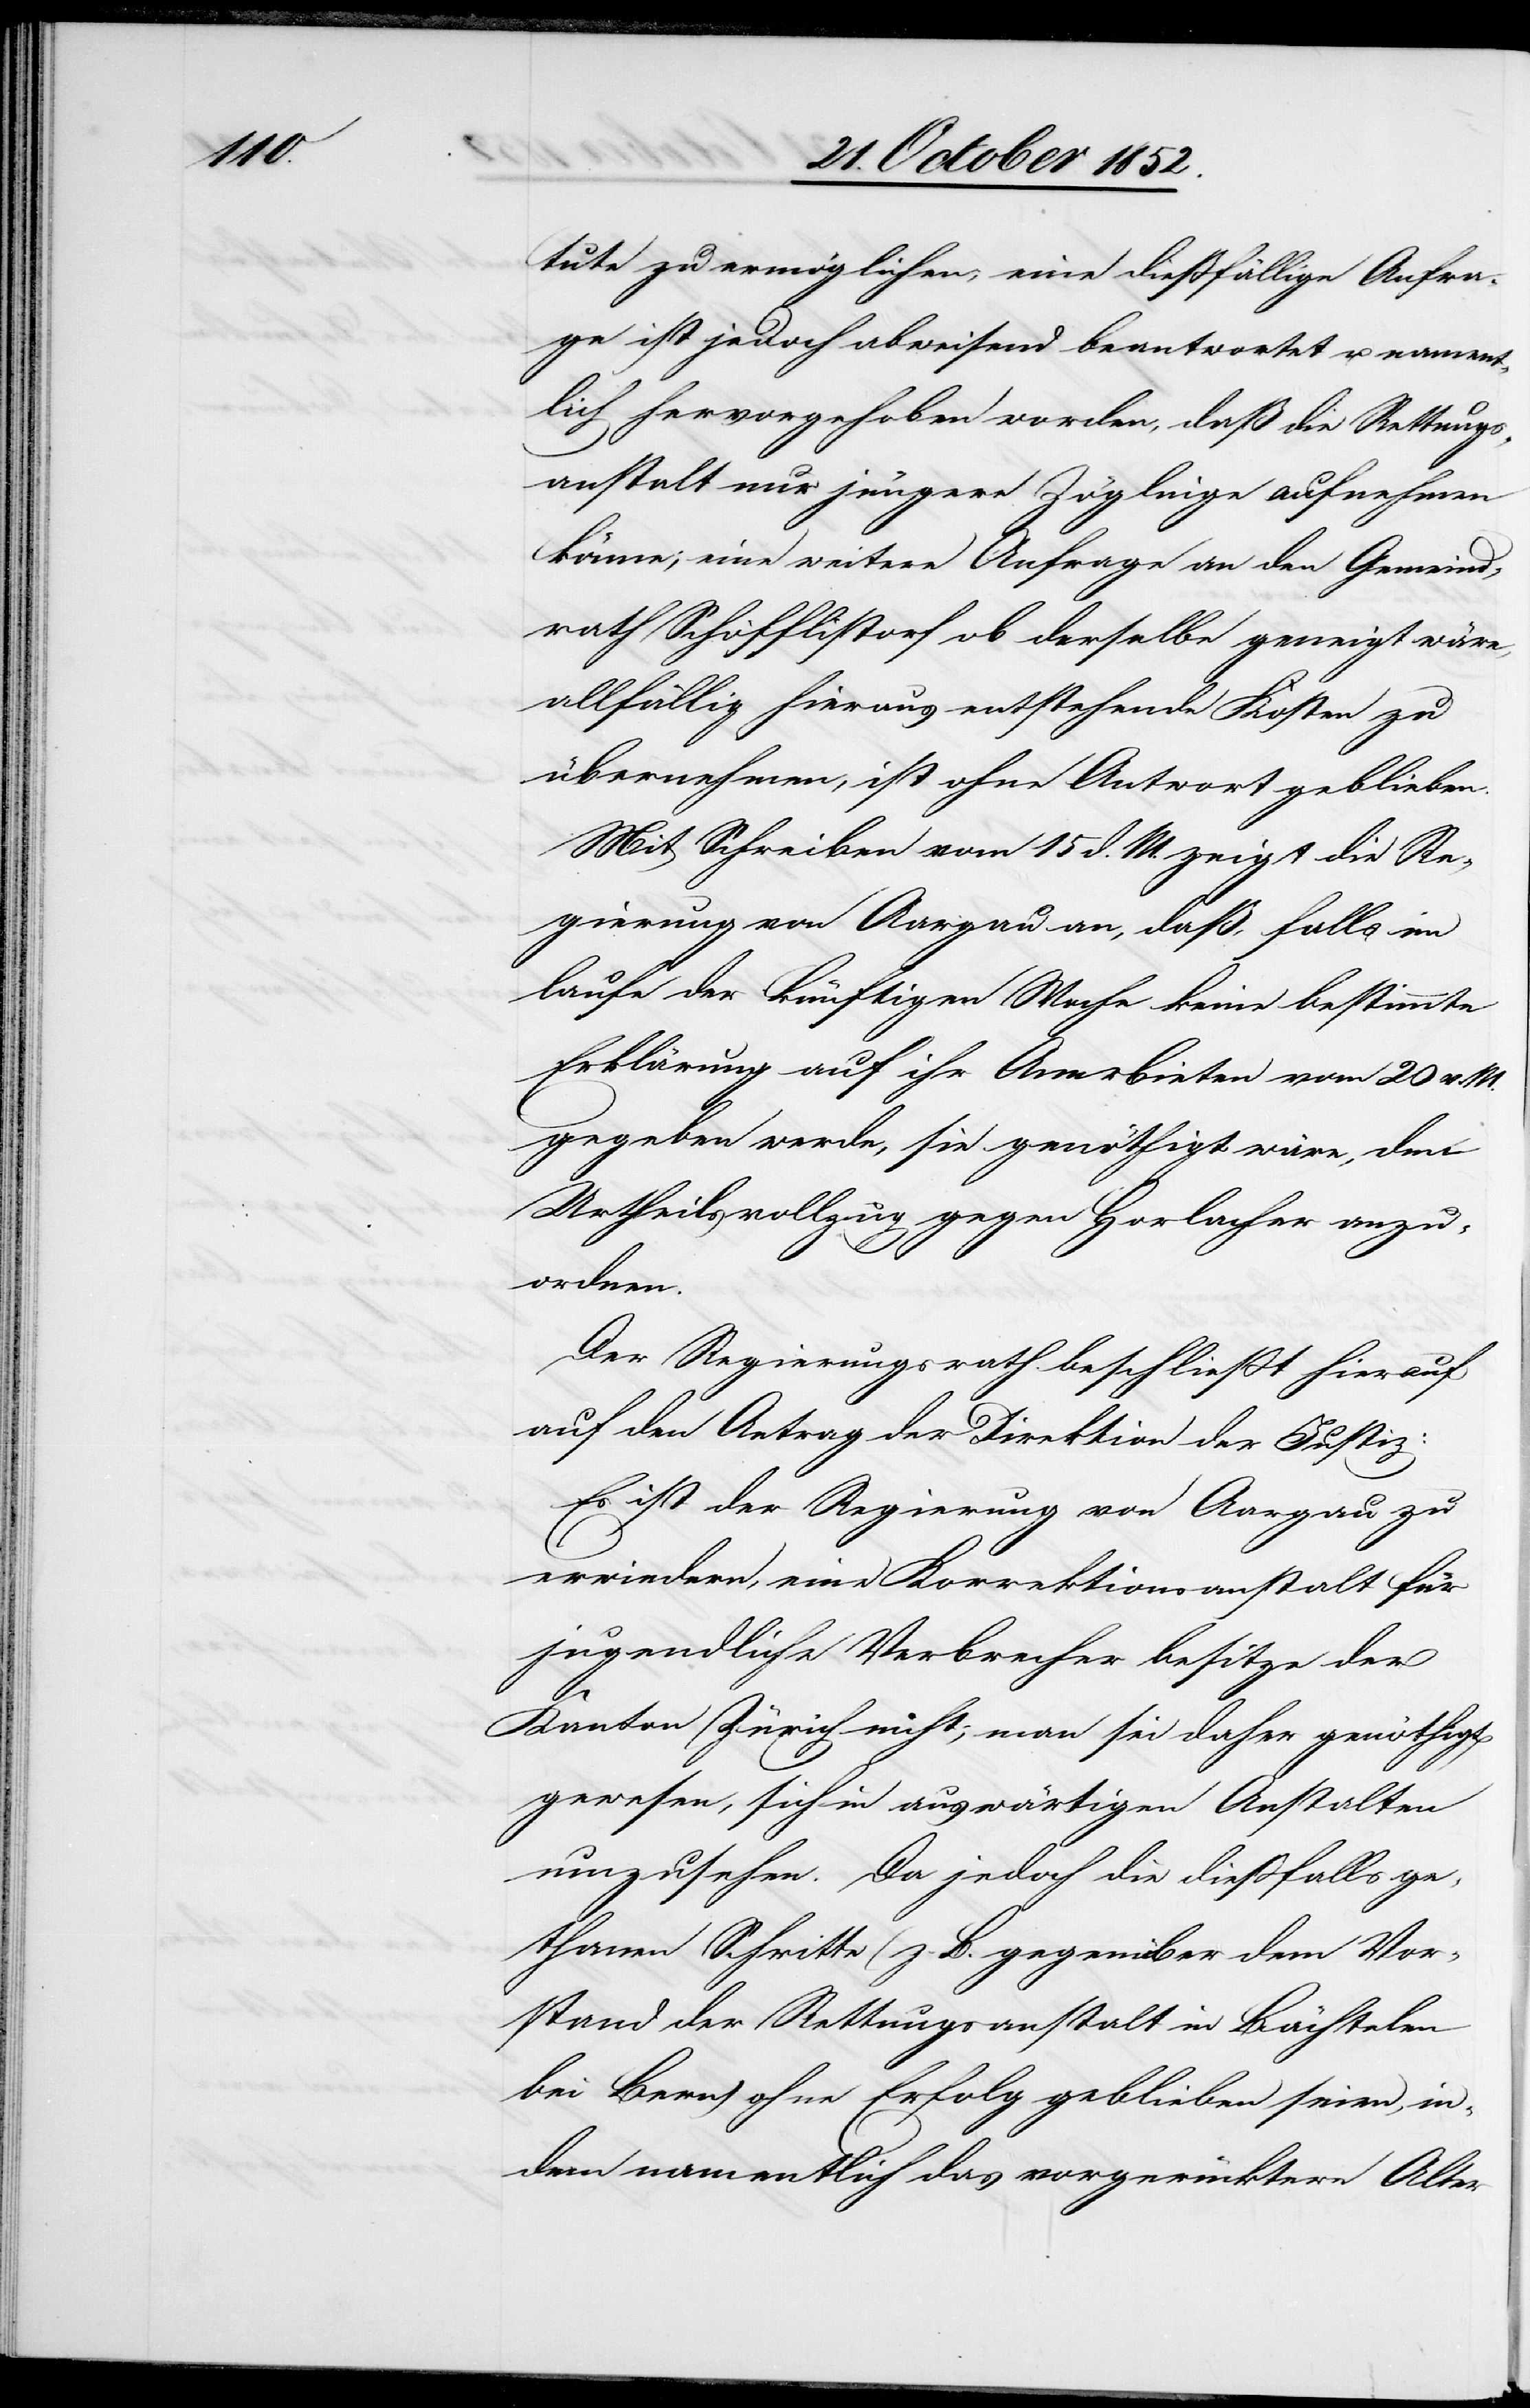
tute zu ermöglichen; eine dießfällige Anfra¬
ge ist jedoch abweisend beantwortet u. nament¬
lich hervorgehoben worden, daß die Rettungs¬
anstalt nur jüngere Zöglinge aufnehmen
könne; eine weitere Anfrage an den Gemeind¬
rath Schöfflistorf ob derselbe geneigt wäre,
allfällig hieraus entstehende Kosten zu
übernehmen, ist ohne Antwort geblieben.
Mit Schreiben vom 15 d. M. zeigt die Re¬
gierung von Aargau an, daß, falls im
[sic!] der künftigen Woche keine bestimmte
Erklärung auf ihr Anerbieten vom 20 v. M.
gegeben werde, sie genöthigt wäre, den
Urtheilsvollzug gegen Horlacher anzu¬
ordnen.
Der Regierungsrath beschließt hierauf
auf den Antrag der Direktion der Justiz:
Es ist der Regierung von Aargau zu
erwiedern, eine Korrektionsanstalt für
jugendliche Verbrecher besitze der
Kanton Zürich nicht; man sei daher genöthigt
gewesen, sich in auswärtigen Anstalten
umzusehen. Da jedoch die dießfalls ge¬
thanen Schritte (z. B. gegenüber dem Vor¬
stand der Rettungsanstalt in Bächtelen
bei Bern) ohne Erfolg geblieben seien, in¬
dem namentlich das vorgerücktere Alter